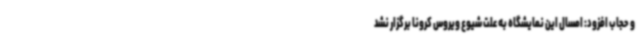
و حجاب افزود: امسال این نمایشگاه به علت شیوع ویروس کرونا برگزار نشد